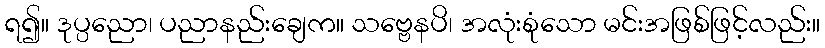
ရ၍။ ဒုပ္ပညော၊ ပညာနည်းချေက။ သဗ္ဗေနပိ၊ အလုံးစုံသော မင်းအဖြစ်ဖြင့်လည်း။